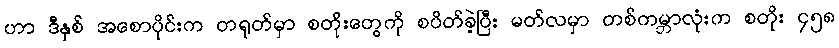
ဟာ ဒီနှစ် အစောပိုင်းက တရုတ်မှာ စတိုးတွေကို စပိတ်ခဲ့ပြီး မတ်လမှာ တစ်ကမ္ဘာလုံးက စတိုး ၄၅၈